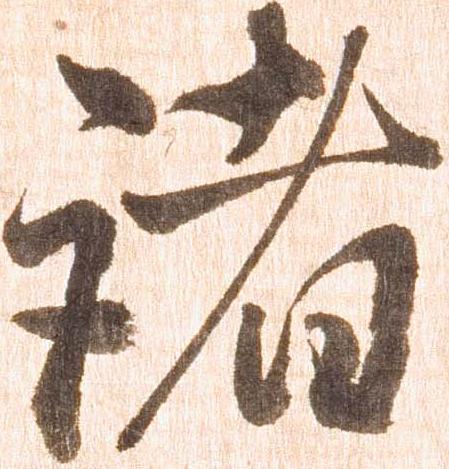
諸